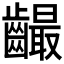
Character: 𪙦